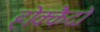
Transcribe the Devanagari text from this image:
होक्कैदो